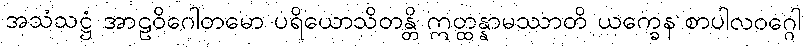
အသံသဋ္ဌံ အာဠဝိဂေါတမော ပရိယောသိတန္တိ ဣတ္ထန္နာမဿာတိ ယက္ခေန စာပါလဝဂ္ဂေါ